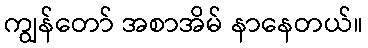
ကျွန်တော် အစာအိမ် နာနေတယ်။